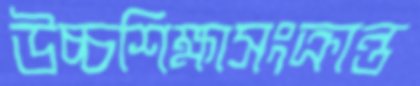
উচ্চশিক্ষাসংক্রান্ত